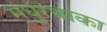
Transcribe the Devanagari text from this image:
मधुरंथाका